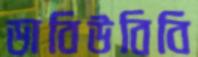
ডাবিউবিবি